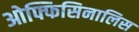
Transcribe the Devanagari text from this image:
ओफ्फिसिनालिस